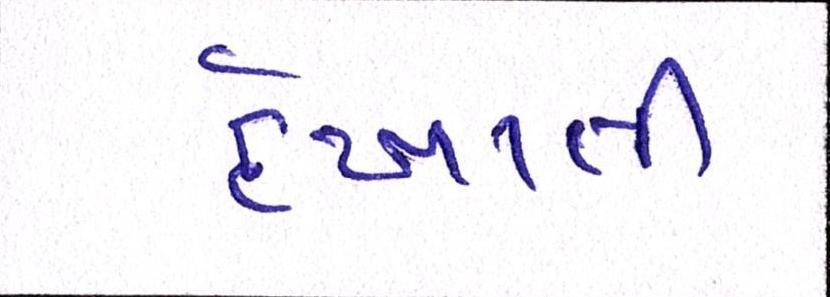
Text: દેખાતી